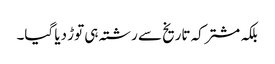
بلکہ مشترکہ تاریخ سے رشتہ ہی توڑ دیا گیا۔